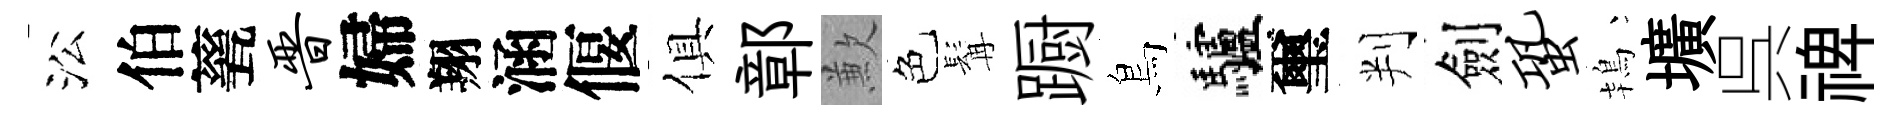
㳂伯甆晋婦翔涵偃俱鄣歉色髯蹰鳥驢璽判劍蛩鴇壙呉禆